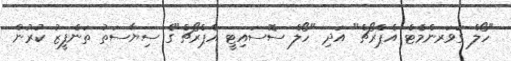
"ހޯލް ގަވަރންމެޓް އެޕްރޯޗް" އަދި "ހޯލް ސޮސައިޓީ އެޕްރޯޗް"ގެ ސިޔާސަތު ތަންފީޒު ކުރުން